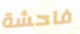
فاحشة